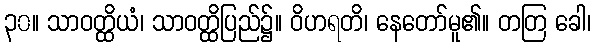
၃၀။ သာဝတ္ထိယံ၊ သာဝတ္ထိပြည်၌။ ဝိဟရတိ၊ နေတော်မူ၏။ တတြ ခေါ၊